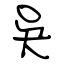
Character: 吳